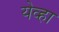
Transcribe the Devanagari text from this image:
येव्हा